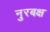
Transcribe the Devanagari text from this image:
नुरबक्ष